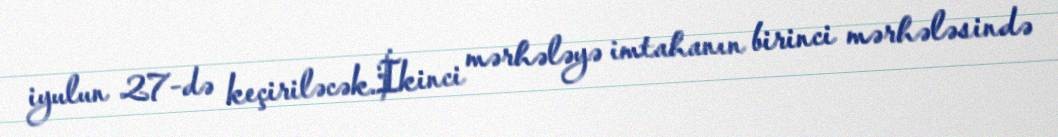
iyulun 27-də keçiriləcək.İkinci mərhələyə imtahanın birinci mərhələsində